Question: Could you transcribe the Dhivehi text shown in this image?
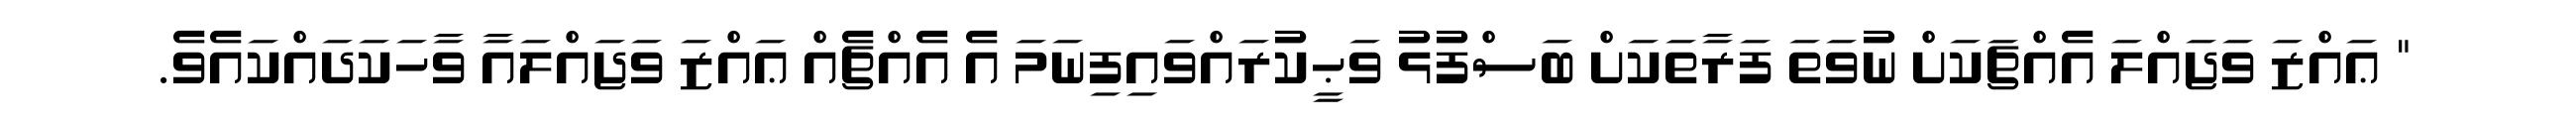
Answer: " ޢައްޒަ ވަޖައްލަ އެއްޗަކަށް ނުވަތަ ފަރާތަކަށް ބަސްފުޅު ވަޙީކުރައްވައިފިނަމަ އެ އެއްޗެއް ޢައްޒަ ވަޖައްލައާ ވާހަކަދައްކައެވެ.